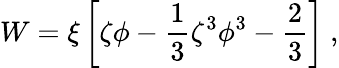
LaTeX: W=\xi\left[\zeta\phi-{\frac{1}{3}}\zeta^{3}\phi^{3}-{\frac{2}{3}}\right]~,